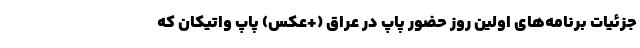
جزئیات برنامه‌های اولین روز حضور پاپ در عراق (+عکس) پاپ واتیکان که